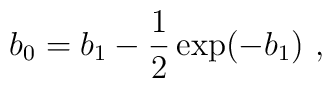
b_0 = b_1 - \frac{1}{2}\exp(-b_1) ~,